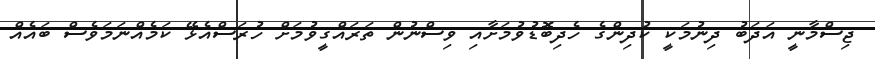
ޖިސްމާނީ އަދަބު ދިނުމަކީ ކުދިންގެ ހެދިބޮޑުވުމަށާއި ވިސްނުން ތަރައްގީވުމަށް ހުރަސްއެޅޭ ކަމެއްނަމަވެސް ބައެއް